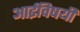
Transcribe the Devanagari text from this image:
आईविषयी